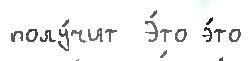
полу́чит  Э́то э́то